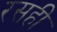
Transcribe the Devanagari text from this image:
रसही